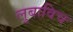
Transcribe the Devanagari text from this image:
लुबाविच